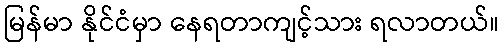
မြန်မာ နိုင်ငံမှာ နေရတာကျင့်သား ရလာတယ်။